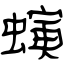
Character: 螾